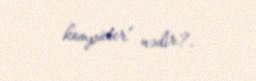
kompüter” nədir?.